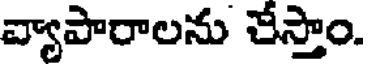
వ్యాపారాలను చేస్తాం.